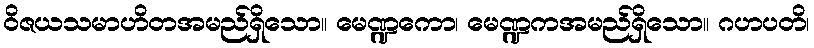
ဝိဇယသမာဟိတအမည်ရှိသော။ မေဏ္ဍကော၊ မေဏ္ဍကအမည်ရှိသော။ ဂဟပတိ၊